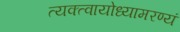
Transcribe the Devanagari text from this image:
त्यक्त्वायोध्यामरण्यं